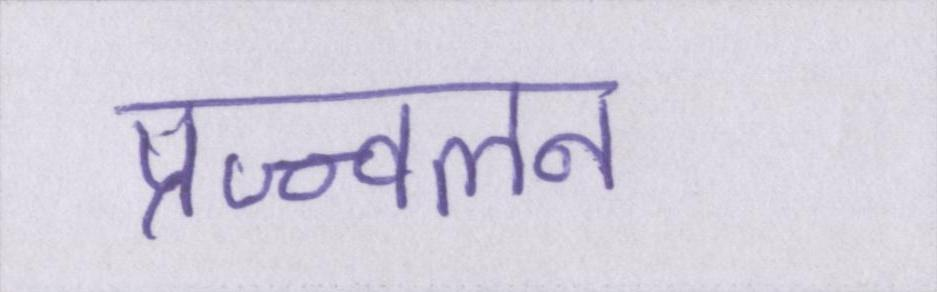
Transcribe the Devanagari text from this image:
प्रज्ज्वलन